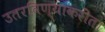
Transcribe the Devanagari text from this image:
उतरविण्याकरीता